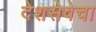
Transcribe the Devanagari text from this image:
देशसेवेचा